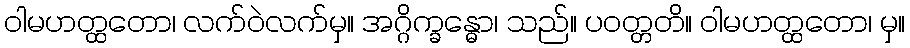
ဝါမဟတ္ထတော၊ လက်ဝဲလက်မှ။ အဂ္ဂိက္ခန္ဓော၊ သည်။ ပဝတ္တတိ။ ဝါမဟတ္ထတော၊ မှ။